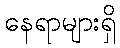
နေရာများရှိ